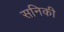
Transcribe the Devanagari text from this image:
सनिकी